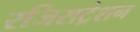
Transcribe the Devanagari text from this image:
रजिसट्रेशन